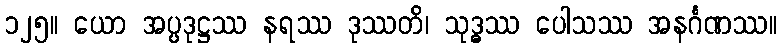
၁၂၅။ ယော အပ္ပဒုဋ္ဌဿ နရဿ ဒုဿတိ၊ သုဒ္ဓဿ ပေါသဿ အနင်္ဂဏဿ။